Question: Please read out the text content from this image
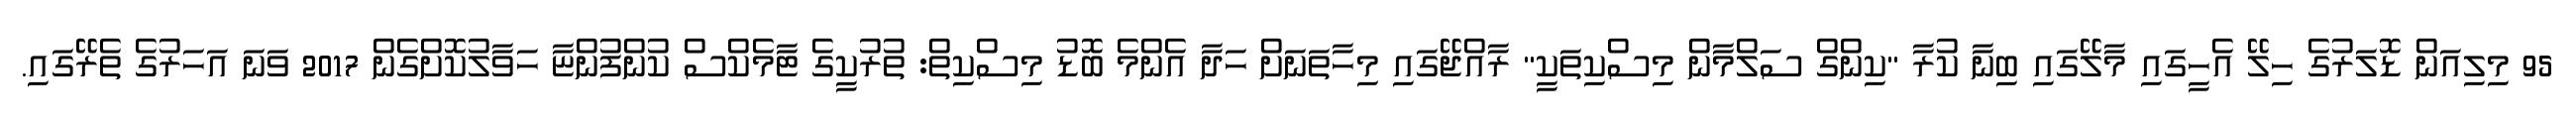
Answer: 95 މިލިއަން ޑޮލަރުގެ ހިލޭ އެހީގައި މާލޭގައި ބިނާ ކުރާ "ކިންގް ސަލްމާން މިސްކިތަކީ" ރާއްޖޭގައި މިހާތަނަށް ހަދާ އެންމެ ބޮޑު މިސްކިތް: ތުރުކީގެ ޓާމެކްސް ކުންފުންޏާ ހަވާލުކޮށްގެން 2017 ވަނަ އަހަރުގެ ތެރޭގައި.